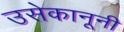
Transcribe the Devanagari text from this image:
उसेकानूनी